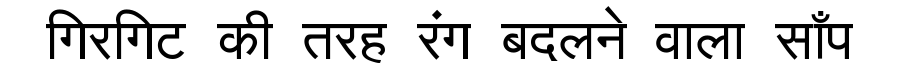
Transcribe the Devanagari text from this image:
गिरगिट की तरह रंग बदलने वाला साँप